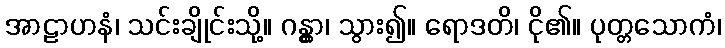
အာဠာဟနံ၊ သင်းချိုင်းသို့။ ဂန္တွာ၊ သွား၍။ ရောဒတိ၊ ငို၏။ ပုတ္တသောကံ၊